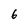
Character: 6